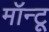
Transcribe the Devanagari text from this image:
मॉन्टू